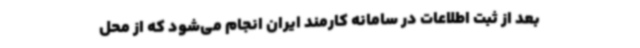
بعد از ثبت اطلاعات در سامانه کارمند ایران انجام می‌شود که از محل